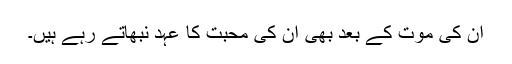
ان کی موت کے بعد بھی ان کی محبت کا عہد نبھاتے رہے ہیں۔